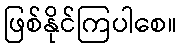
ဖြစ်နိုင်ကြပါစေ။